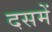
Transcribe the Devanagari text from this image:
दसमें